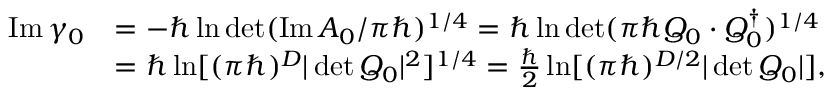
\begin{array} { r l } { \operatorname { I m } \gamma _ { 0 } } & { = - \hbar \ln \operatorname* { d e t } ( \operatorname { I m } A _ { 0 } / \pi \hbar ) ^ { 1 / 4 } = \hbar \ln \operatorname* { d e t } ( \pi \hbar Q _ { 0 } \cdot Q _ { 0 } ^ { \dag } ) ^ { 1 / 4 } } \\ & { = \hbar \ln [ ( \pi \hbar ) ^ { D } | \operatorname* { d e t } Q _ { 0 } | ^ { 2 } ] ^ { 1 / 4 } = \frac { \hbar } { 2 } \ln [ ( \pi \hbar ) ^ { D / 2 } | \operatorname* { d e t } Q _ { 0 } | ] , } \end{array}